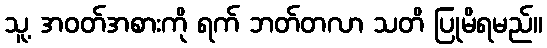
သူ့ အဝတ်အစားကို ရက် ဘတ်တလာ သတိ ပြုမိရမည်။